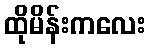
ထိုမိန်းကလေး